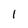
Character: l